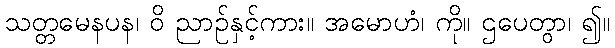
သတ္တမေနပန၊ ဝိ ညာဉ်နှင့်ကား။ အမောဟံ၊ ကို။ ဌပေတွာ၊ ၍။